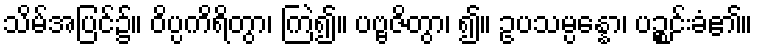
သိမ်အပြင်၌။ ဝိပ္ပကိရိတွာ၊ ကြဲ၍။ ပဗ္ဗဇိတွာ၊ ၍။ ဥပသမ္ပန္နော၊ ပဉ္စင်းခံ၏။